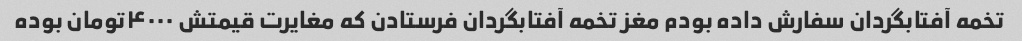
تخمه آفتابگردان سفارش داده بودم مغز تخمه آفتابگردان فرستادن که مغایرت قیمتش ۴۰۰۰تومان بوده